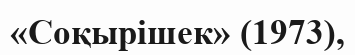
«Соқырішек» (1973),